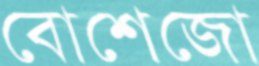
বোশেজো